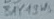
Text: BAY19WS